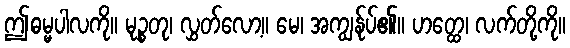
ဤဓမ္မပါလကို။ မုဉ္စတု၊ လွှတ်လော့။ မေ၊ အကျွန်ုပ်၏။ ဟတ္ထေ၊ လက်တို့ကို။